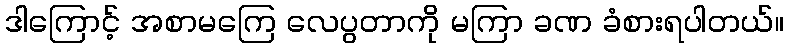
ဒါကြောင့် အစာမကြေ လေပွတာကို မကြာ ခဏ ခံစားရပါတယ်။